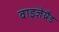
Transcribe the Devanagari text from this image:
वाइज़ेग्रैड